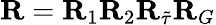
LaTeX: {\mathbf R}={\mathbf R}_{1}{\mathbf R}_{2}{\mathbf R}_{\tilde{\tau}}{\mathbf R}_{G}